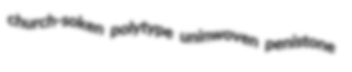
church-soken polytype uninwoven penistone